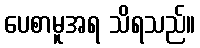
ပေစာမူအရ သိရသည်။